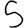
Digit: 5